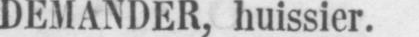
DEMANDER, huissier.